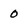
Character: O